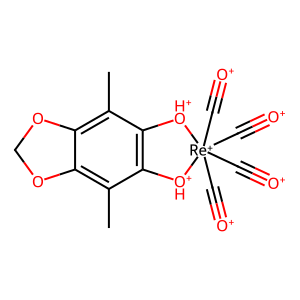
SMILES: Cc1c2c(c(C)c3c1[OH+][Re+](C#[O+])(C#[O+])(C#[O+])(C#[O+])[OH+]3)OCO2
Inhibits HIV replication: No